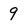
Character: 9